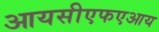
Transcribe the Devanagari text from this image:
आयसीएफएआय